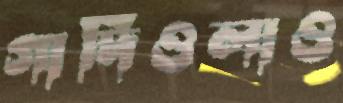
গার্দিওলাও